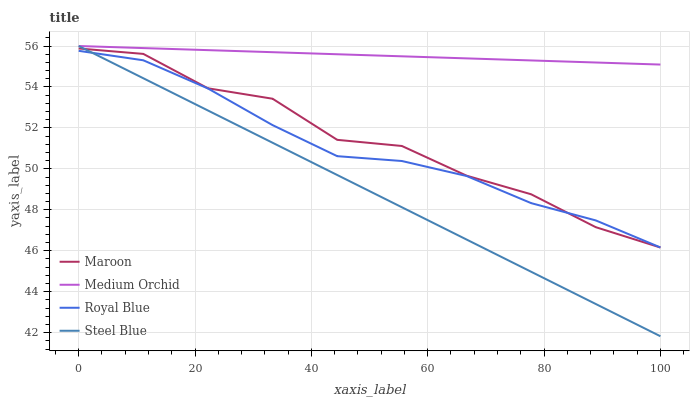
| xaxis_label | Maroon | Medium Orchid | Royal Blue | Steel Blue |
 | --- | --- | --- | --- | --- |
 | 0 | 55.9 | 56 | 55.8 | 56 |
 | 11.1 | 55.6 | 55.9 | 55.3 | 54.4 |
 | 22.2 | 53.9 | 55.8 | 53.9 | 52.8 |
 | 33.3 | 53.4 | 55.7 | 52.1 | 51.3 |
 | 44.4 | 51.4 | 55.6 | 50.6 | 49.7 |
 | 55.6 | 51.1 | 55.5 | 50.4 | 48.1 |
 | 66.7 | 49.7 | 55.4 | 49.7 | 46.5 |
 | 77.8 | 48.8 | 55.3 | 48.3 | 45 |
 | 88.9 | 47.2 | 55.2 | 47.5 | 43.4 |
 | 100 | 46.2 | 55.1 | 46.2 | 41.8 |